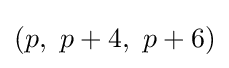
(p,\ p+4,\ p+6)